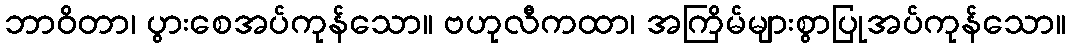
ဘာဝိတာ၊ ပွားစေအပ်ကုန်သော။ ဗဟုလီကထာ၊ အကြိမ်များစွာပြုအပ်ကုန်သော။